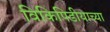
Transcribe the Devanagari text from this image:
विकिपिडीयाच्या